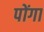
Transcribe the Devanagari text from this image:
पोंगा